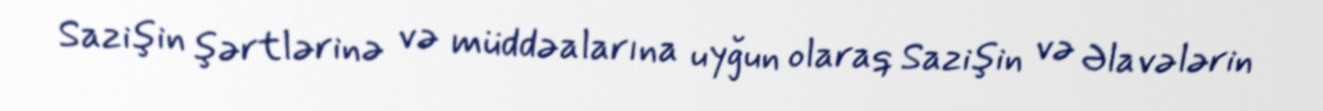
Sazişin şərtlərinə və müddəalarına uyğun olaraq Sazişin və Əlavələrin